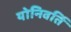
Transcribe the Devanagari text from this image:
योनिवर्ति